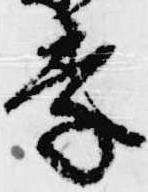
季